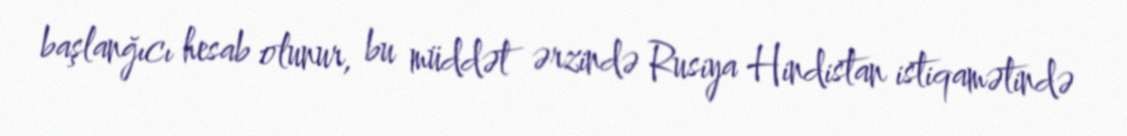
başlanğıcı hesab olunur, bu müddət ərzində Rusiya Hindistan istiqamətində